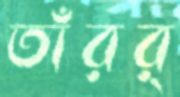
তাঁরর্